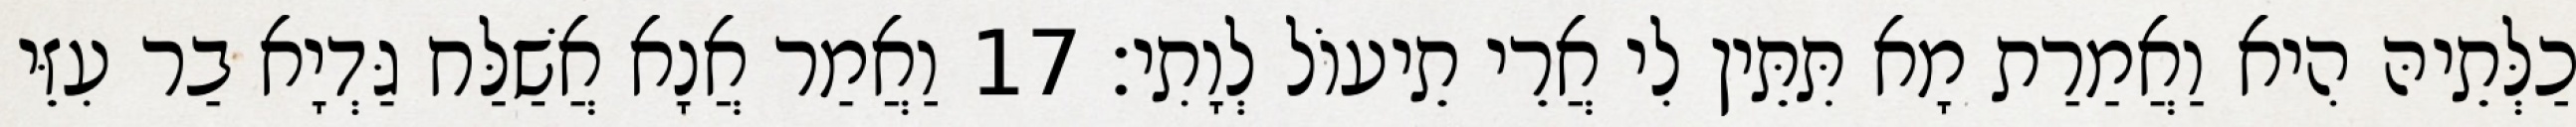
כַלְּתֵיהּ הִיא וַאֲמַרַת מָא תִּתֵּין לִי אֲרֵי תֵיעוֹל לְוָתִי׃ 17 וַאֲמַר אֲנָא אֲשַׁלַּח גַּדְיָא בַר עִזֵּי